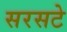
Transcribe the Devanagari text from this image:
सरसटे